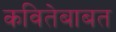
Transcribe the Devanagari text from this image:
कवितेबाबत